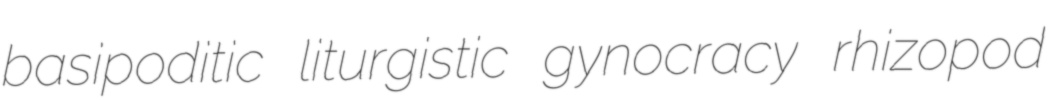
basipoditic liturgistic gynocracy rhizopod